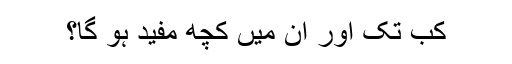
کب تک اور ان میں کچھ مفید ہو گا؟